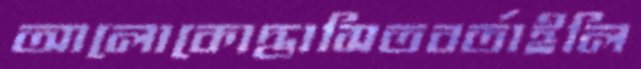
আলোকোদ্ভাসিতবর্তাইলি